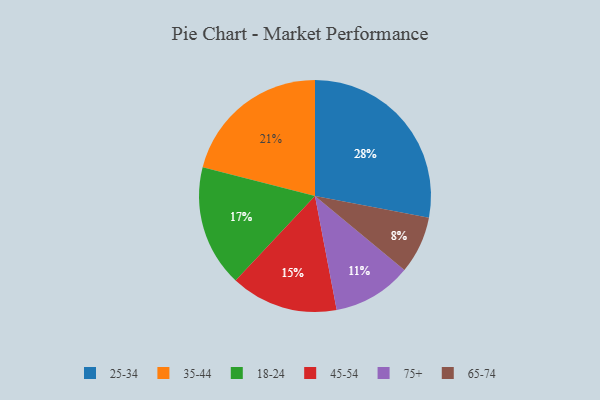
{"axis": {"x": "Category", "y": "Percentage"}, "legend": ["18-24", "25-34", "35-44", "45-54", "65-74", "75+"], "data": [{"x": "45-54", "y": 15, "type": "45-54"}, {"x": "35-44", "y": 21, "type": "35-44"}, {"x": "75+", "y": 11, "type": "75+"}, {"x": "18-24", "y": 17, "type": "18-24"}, {"x": "65-74", "y": 8, "type": "65-74"}, {"x": "25-34", "y": 28, "type": "25-34"}]}